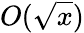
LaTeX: O({\sqrt{x}})